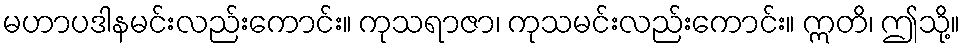
မဟာပဒါနမင်းလည်းကောင်း။ ကုသရာဇာ၊ ကုသမင်းလည်းကောင်း။ ဣတိ၊ ဤသို့။